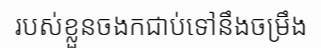
របស់ខ្លួនចងកជាប់ទៅនឹងចម្រឹង